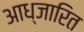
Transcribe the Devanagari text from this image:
आध्जारित